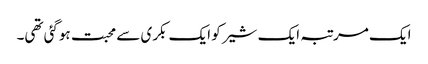
ایک مرتبہ ایک شیر کو ایک بکری سے محبت ہوگئی تھی۔